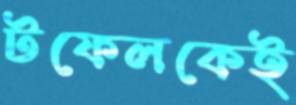
টফেলকেই